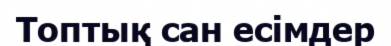
Топтық сан есімдер